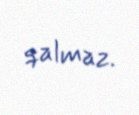
qalmaz.